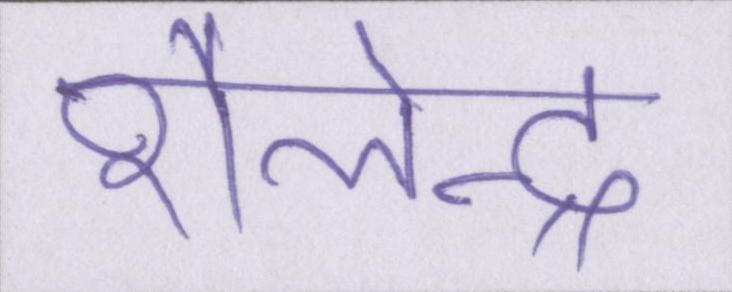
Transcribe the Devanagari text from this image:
शैलेन्द्र